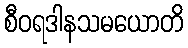
စီဝရဒါနသမယောတိ